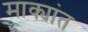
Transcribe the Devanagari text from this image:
माक्यांत